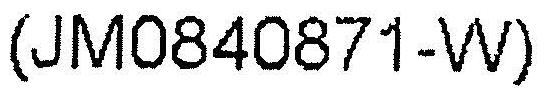
(JM0840871-W)